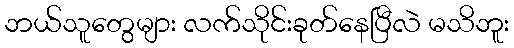
ဘယ်သူတွေများ လက်သိုင်းခုတ်နေပြီလဲ မသိဘူး